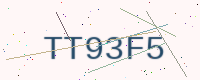
Text: TT93F5